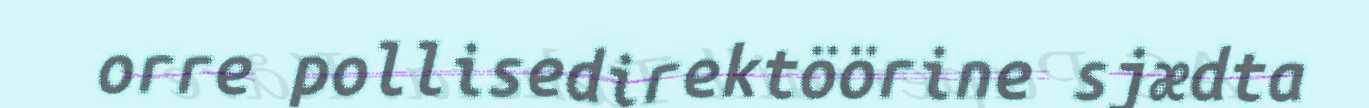
orre pollisedirektöörine sjædta